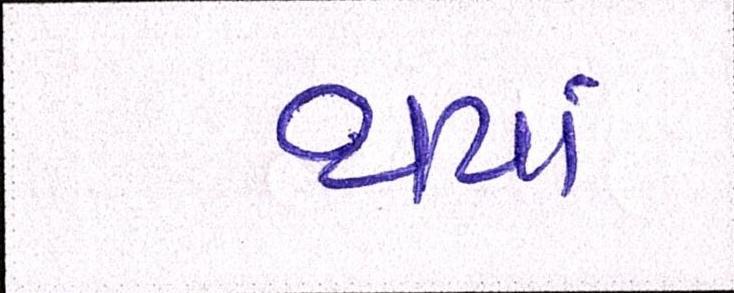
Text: થયાં